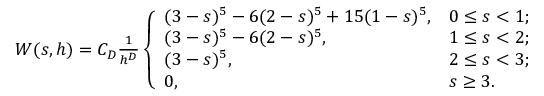
\begin{array} { r } { W ( s , h ) = C _ { D } \frac { 1 } { h ^ { D } } \left\{ \begin{array} { l l } { ( 3 - s ) ^ { 5 } - 6 ( 2 - s ) ^ { 5 } + 1 5 ( 1 - s ) ^ { 5 } , } & { 0 \leq s < 1 ; } \\ { ( 3 - s ) ^ { 5 } - 6 ( 2 - s ) ^ { 5 } , } & { 1 \leq s < 2 ; } \\ { ( 3 - s ) ^ { 5 } , } & { 2 \leq s < 3 ; } \\ { 0 , } & { s \geq 3 . } \end{array} \right. } \end{array}